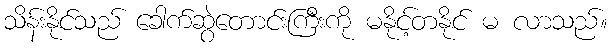
သိန်းနိုင်သည် ခေါက်ဆွဲတောင်းကြီးကို မနိုင့်တနိုင် မ လာသည်။